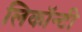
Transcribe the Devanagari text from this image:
लिकॉन्टी